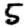
Digit: 5